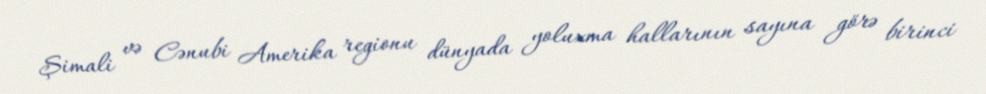
Şimali və Cənubi Amerika regionu dünyada yoluxma hallarının sayına görə birinci